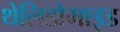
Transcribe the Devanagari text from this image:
थेलिडोमाइड